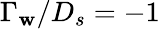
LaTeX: \Gamma_{\mathbf{w}}/D_{s}=-1